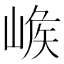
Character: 𡺝